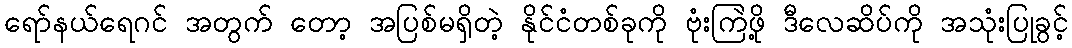
ရော်နယ်ရေဂင် အတွက် တော့ အပြစ်မရှိတဲ့ နိုင်ငံတစ်ခုကို ဗုံးကြဲဖို့ ဒီလေဆိပ်ကို အသုံးပြုခွင့်